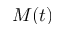
M ( t )